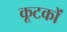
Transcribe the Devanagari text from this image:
कूटकों